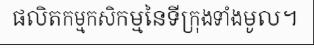
ផលិតកម្មកសិកម្មនៃទីក្រុងទាំងមូល។